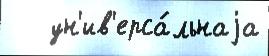
   ун'ив'ерса́льнаjа